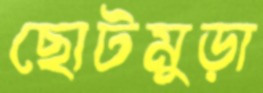
ছোটমুড়া